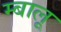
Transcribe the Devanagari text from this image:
म्बालू